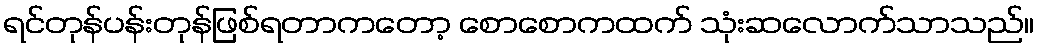
ရင်တုန်ပန်းတုန်ဖြစ်ရတာကတော့ စောစောကထက် သုံးဆလောက်သာသည်။